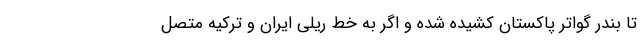
تا بندر گواتر پاکستان کشیده شده و اگر به خط ریلی ایران و ترکیه متصل